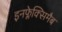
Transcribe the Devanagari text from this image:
इनफ्लेक्सिमैब